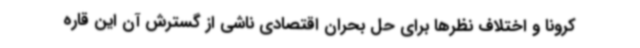
کرونا و اختلاف نظرها برای حل بحران اقتصادی ناشی از گسترش آن این قاره